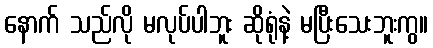
နောက် သည်လို မလုပ်ပါဘူး ဆိုရုံနဲ့ မပြီးသေးဘူးကွ။